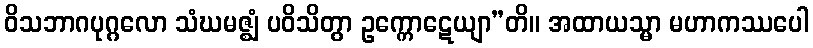
ဝိသဘာဂပုဂ္ဂလော သံဃမဇ္ဈံ ပဝိသိတွာ ဥက္ကောဋေယျာ”တိ။ အထာယသ္မာ မဟာကဿပေါ